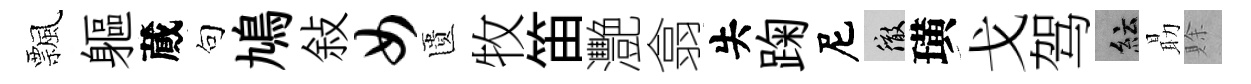
飄軀蕆句鳩敍女匱牧笛灧翕失踘尼徹璜戈驾紜朂賖